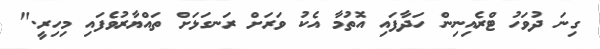
ގިނަ ދުވަހު ޓްރެއިނިން ހަދާފައި އޮތުމާ އެކު ވަރަށް ރަނގަޅަށް ތައްޔާރުވެފައި މިހިރީ."